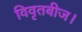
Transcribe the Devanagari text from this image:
विवृतबीज।